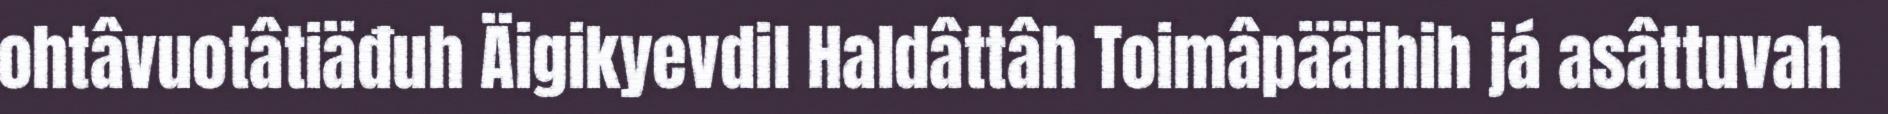
ohtâvuotâtiäđuh Äigikyevdil Haldâttâh Toimâpääihih já asâttuvah